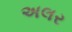
અલર